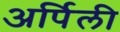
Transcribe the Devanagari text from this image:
अर्पिली